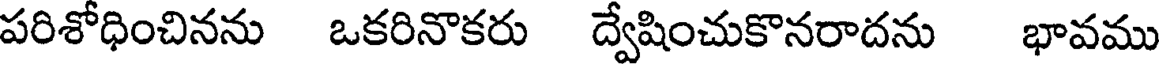
పరిశోధించినను ఒకరినొకరు ద్వేషించుకొనరాదను భావము